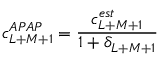
c _ { L + M + 1 } ^ { A P A P } = { \frac { c _ { L + M + 1 } ^ { e s t } } { 1 + \delta _ { L + M + 1 } } }